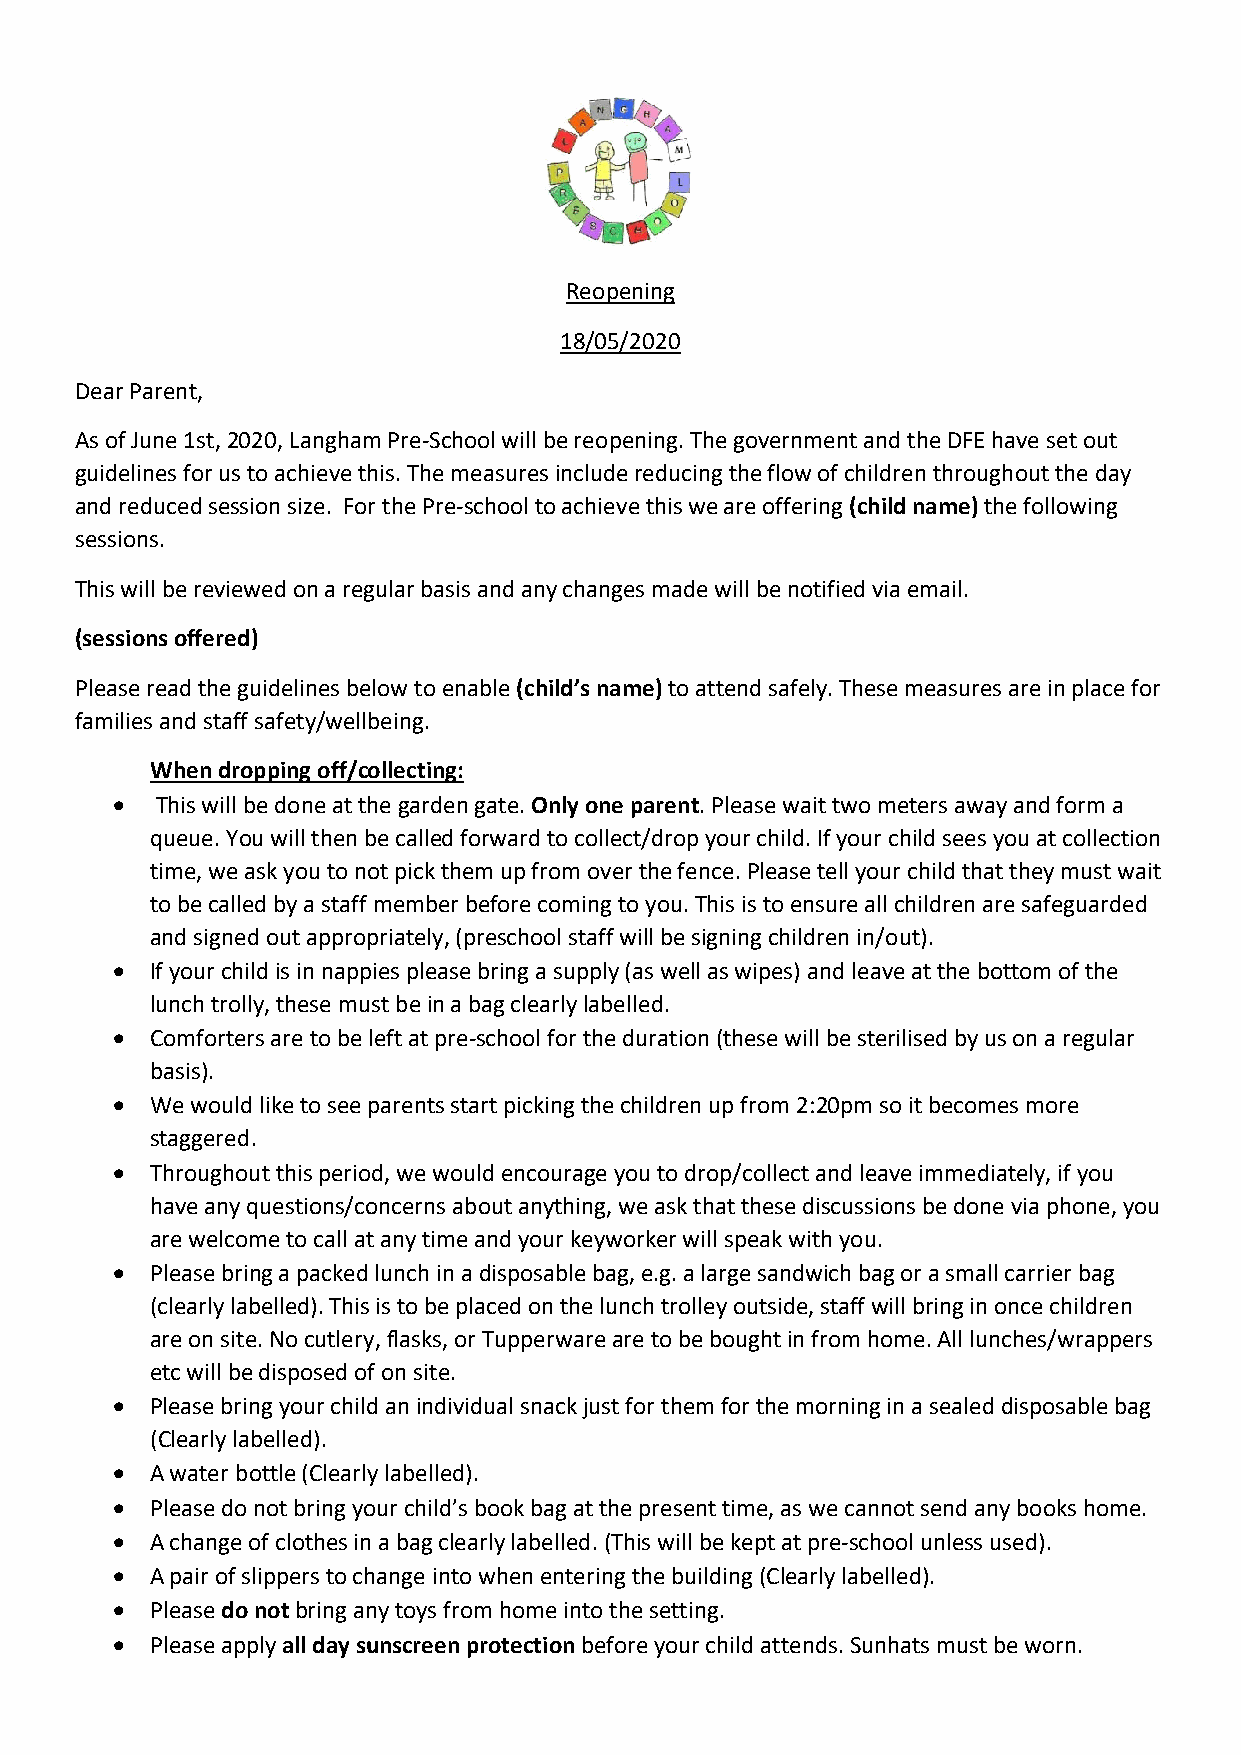
Reopening
 18/05/2020
 Dear Parent,
 As of June 1st, 2020, Langham Pre-School will be reopening. The government and the DFE have set out
 guidelines for us to achieve this. The measures include reducing the flow of children throughout the day
 and reduced session size. For the Pre-school to achieve this we are offering (child name) the following
 sessions.
 This will be reviewed on a regular basis and any changes made will be notified via email.
 (sessions offered)
 Please read the guidelines below to enable (child’s name) to attend safely. These measures are in place for
 families and staff safety/wellbeing.
 When dropping off/collecting:
   This will be done at the garden gate. Only one parent. Please wait two meters away and form a
 queue. You will then be called forward to collect/drop your child. If your child sees you at collection
 time, we ask you to not pick them up from over the fence. Please tell your child that they must wait
 to be called by a staff member before coming to you. This is to ensure all children are safeguarded
 and signed out appropriately, (preschool staff will be signing children in/out).
   If your child is in nappies please bring a supply (as well as wipes) and leave at the bottom of the
 lunch trolly, these must be in a bag clearly labelled.
   Comforters are to be left at pre-school for the duration (these will be sterilised by us on a regular
 basis).
   We would like to see parents start picking the children up from 2:20pm so it becomes more
 staggered.
   Throughout this period, we would encourage you to drop/collect and leave immediately, if you
 have any questions/concerns about anything, we ask that these discussions be done via phone, you
 are welcome to call at any time and your keyworker will speak with you.
   Please bring a packed lunch in a disposable bag, e.g. a large sandwich bag or a small carrier bag
 (clearly labelled). This is to be placed on the lunch trolley outside, staff will bring in once children
 are on site. No cutlery, flasks, or Tupperware are to be bought in from home. All lunches/wrappers
 etc will be disposed of on site.
   Please bring your child an individual snack just for them for the morning in a sealed disposable bag
 (Clearly labelled).
   A water bottle (Clearly labelled).
   Please do not bring your child’s book bag at the present time, as we cannot send any books home.
   A change of clothes in a bag clearly labelled. (This will be kept at pre-school unless used).
   A pair of slippers to change into when entering the building (Clearly labelled).
   Please do not bring any toys from home into the setting.
   Please apply all day sunscreen protection before your child attends. Sunhats must be worn.